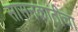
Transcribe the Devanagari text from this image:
सासनकाठीचा